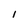
Character: l